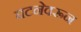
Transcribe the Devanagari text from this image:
घटनेवरून